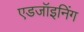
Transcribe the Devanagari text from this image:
एडजॉइनिंग